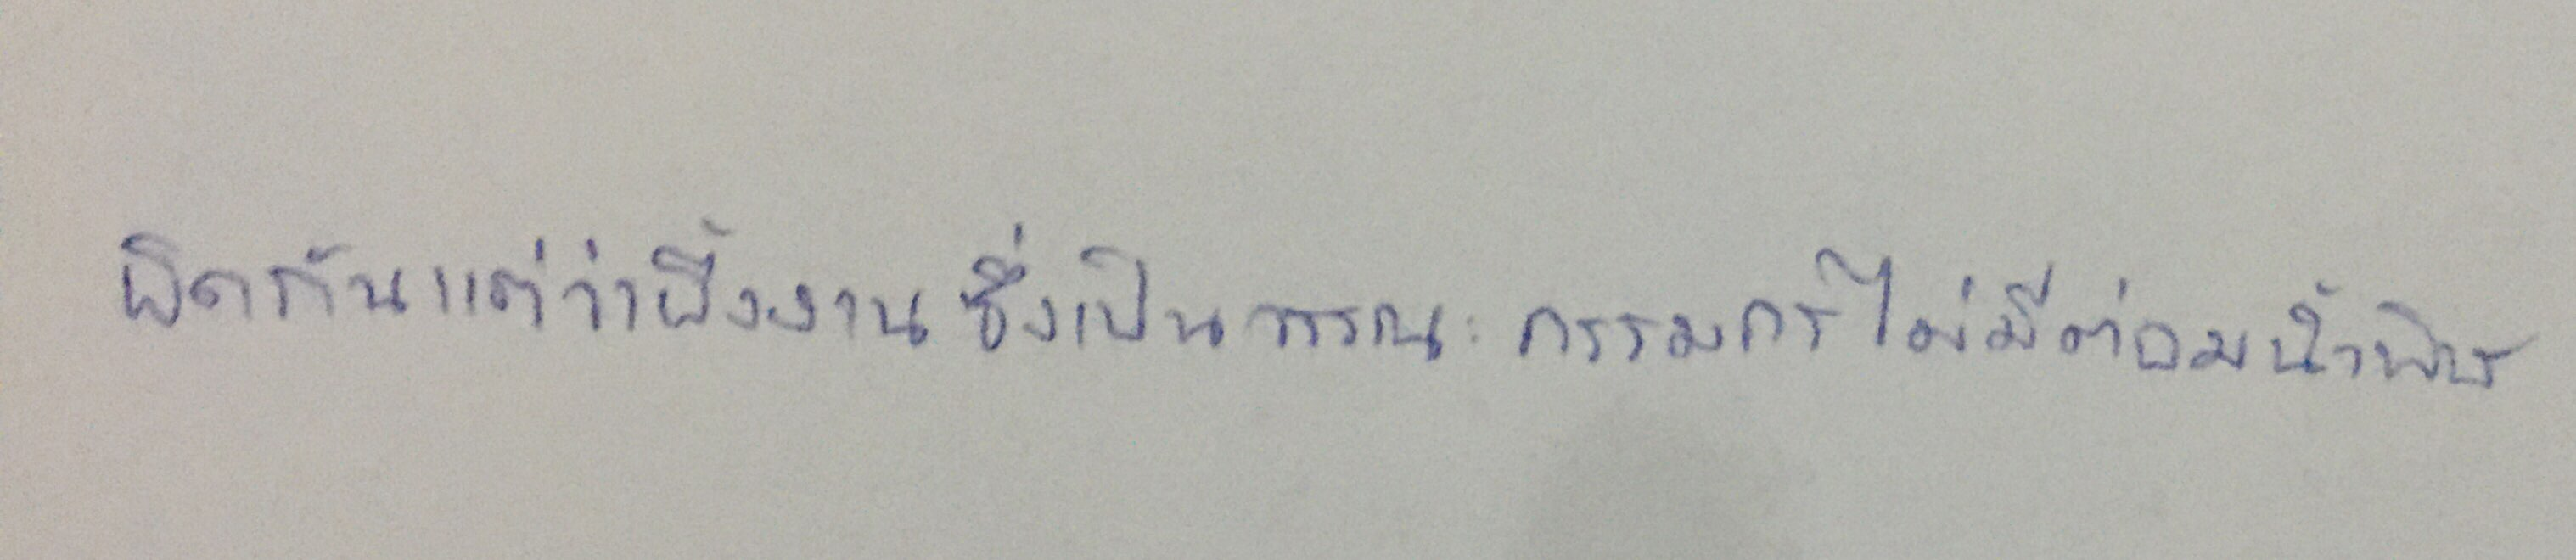
ผิดกันแต่ว่าผึ้งงานซึ่งเป็นวรรณะกรรมกรไม่มีต่อมน้ำพิษ